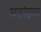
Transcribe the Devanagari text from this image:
घटोइया